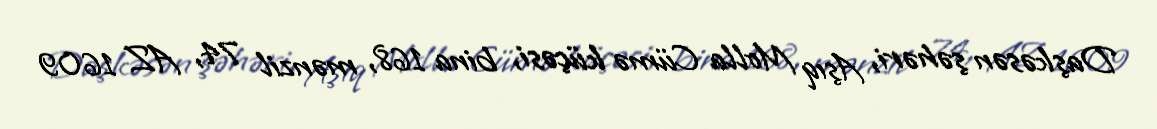
Daşkəsən şəhəri, Aşıq Molla Cümə küçəsi, bina 168, mənzil 74, AZ 1609